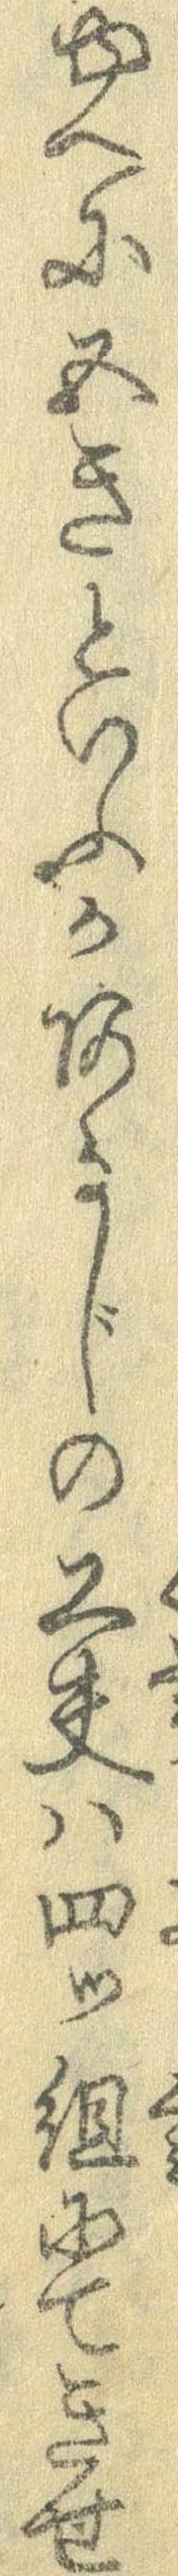
ゆへに五きといふかあるじの工夫は四つ組にてきせ